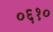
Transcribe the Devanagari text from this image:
०६१०